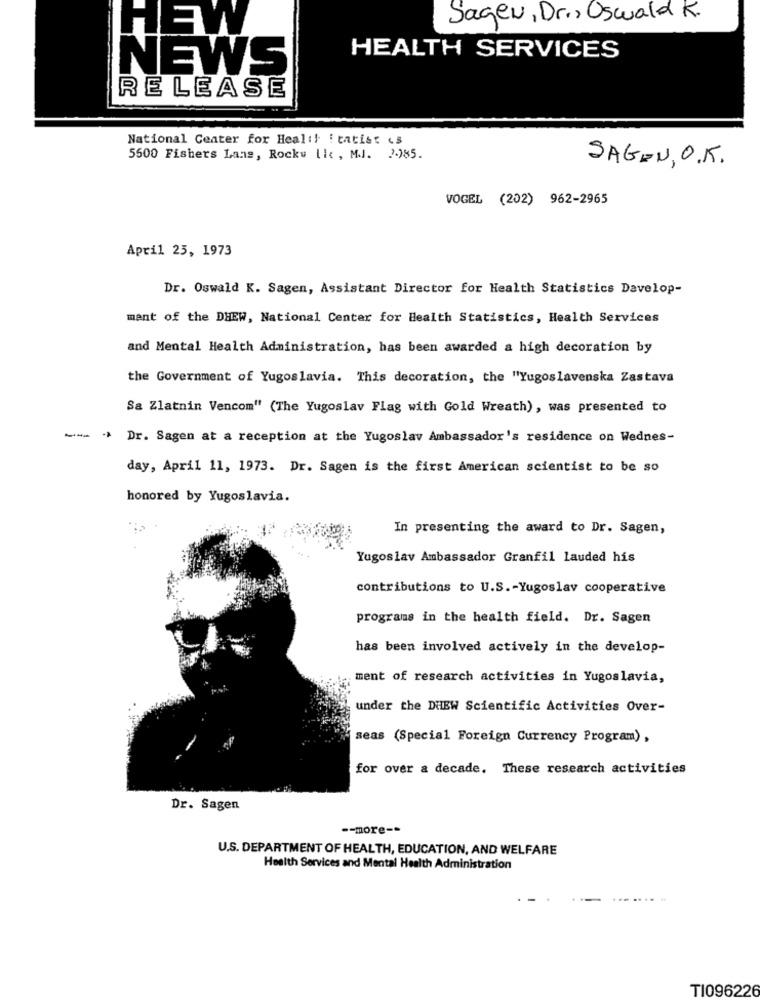
Sagen, Dr ., Oswald K.
HEW
HEALTH SERVICES
NEWS
RELEASE
National Center for Health i tatist es
5500 Fishers Lane, Rocky [kc , M.J. 2.)85.
SAGEN, O.K.
VOGEL (202) 962-2965
April 25, 1973
Dr. Oswald K. Sagen, Assistant Director for Health Statistics Davelop-
mant of the DHEW, National Center for Health Statistics, Health Services
and Mental Health Administration, has been awarded a high decoration by
the Government of Yugoslavia. This decoration, the "Yugoslavenska Zastava
Sa Zlatnin Vencom" (The Yugoslav Flag with Gold Wreath), was presented to
14 Dr. Sagen at a reception at the Yugoslav Ambassador's residence on Wednes-
day, April 11, 1973. Dr. Sagen is the first American scientist to be so
honored by Yugoslavia.
In presenting the award to Dr. Sagen,
Yugoslav Ambassador Granfil lauded his
contributions to U.S .- Yugoslav cooperative
programs in the health field. Dr. Sagen
has been involved actively in the develop-
ment of research activities in Yugoslavia,
under the DHBW Scientific Activities Over-
seas (Special Foreign Currency Program) ,
for over a decade. These research activities
Dr. Sagen
-- more-"
U.S. DEPARTMENT OF HEALTH, EDUCATION, AND WELFARE
Health Services and Mental Health Administration
TI096226